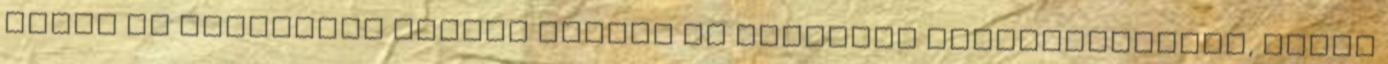
másik új funkciója többek között az automata szűrőtisztítás, amely